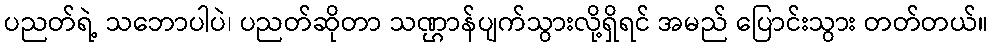
ပညတ်ရဲ့ သဘောပါပဲ၊ ပညတ်ဆိုတာ သဏ္ဌာန်ပျက်သွားလို့ရှိရင် အမည် ပြောင်းသွား တတ်တယ်။